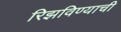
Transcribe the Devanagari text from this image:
रिझविण्याची